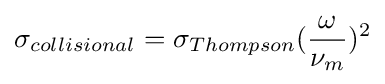
\sigma _{collisional}=\sigma _{Thompson}({\frac {\omega }{\nu _{m}}})^{2}